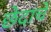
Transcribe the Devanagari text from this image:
छेदाचे